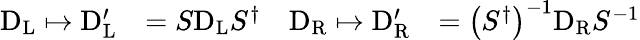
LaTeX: {\begin{array}{rlrl}{\mathrm{D}_{\mathrm{{L}}}\mapsto\mathrm{D}_{\mathrm{{L}}}^{\prime}}&{=S\mathrm{D}_{\mathrm{{L}}}S^{\dagger}}&{\mathrm{D}_{\mathrm{{R}}}\mapsto\mathrm{D}_{\mathrm{{R}}}^{\prime}}&{=\left(S^{\dagger}\right)^{-1}\mathrm{D}_{\mathrm{{R}}}S^{-1}}\end{array}}